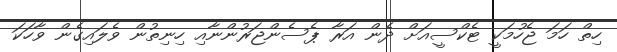
ހިތް ހަމަ ޖެހުމަކީ ޓެކްސީއަށް ދެން އަރާ ޕެސެންޖަރުންނާއި ހިނިތުން ވެލައިގެން ވާހަކަ